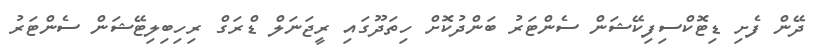
ދޭން ފެށި ޑިޓޮކްސިފިކޭޝަން ސެންޓަރު ބަންދުކޮށް ހިތަދޫގައި ރީޖަނަލް ޑްރަގް ރިހިބިލިޓޭޝަން ސެންޓަރު